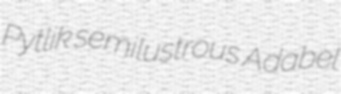
Pytlik semilustrous Adabel